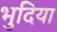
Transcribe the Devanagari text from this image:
भुदिया